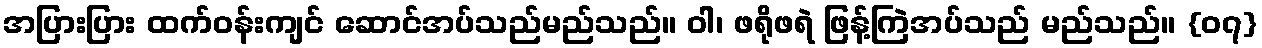
အပြားပြား ထက်ဝန်းကျင် ဆောင်အပ်သည်မည်သည်။ ဝါ၊ ဖရိုဖရဲ ဖြန့်ကြဲအပ်သည် မည်သည်။ {၀၇}